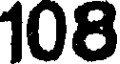
108